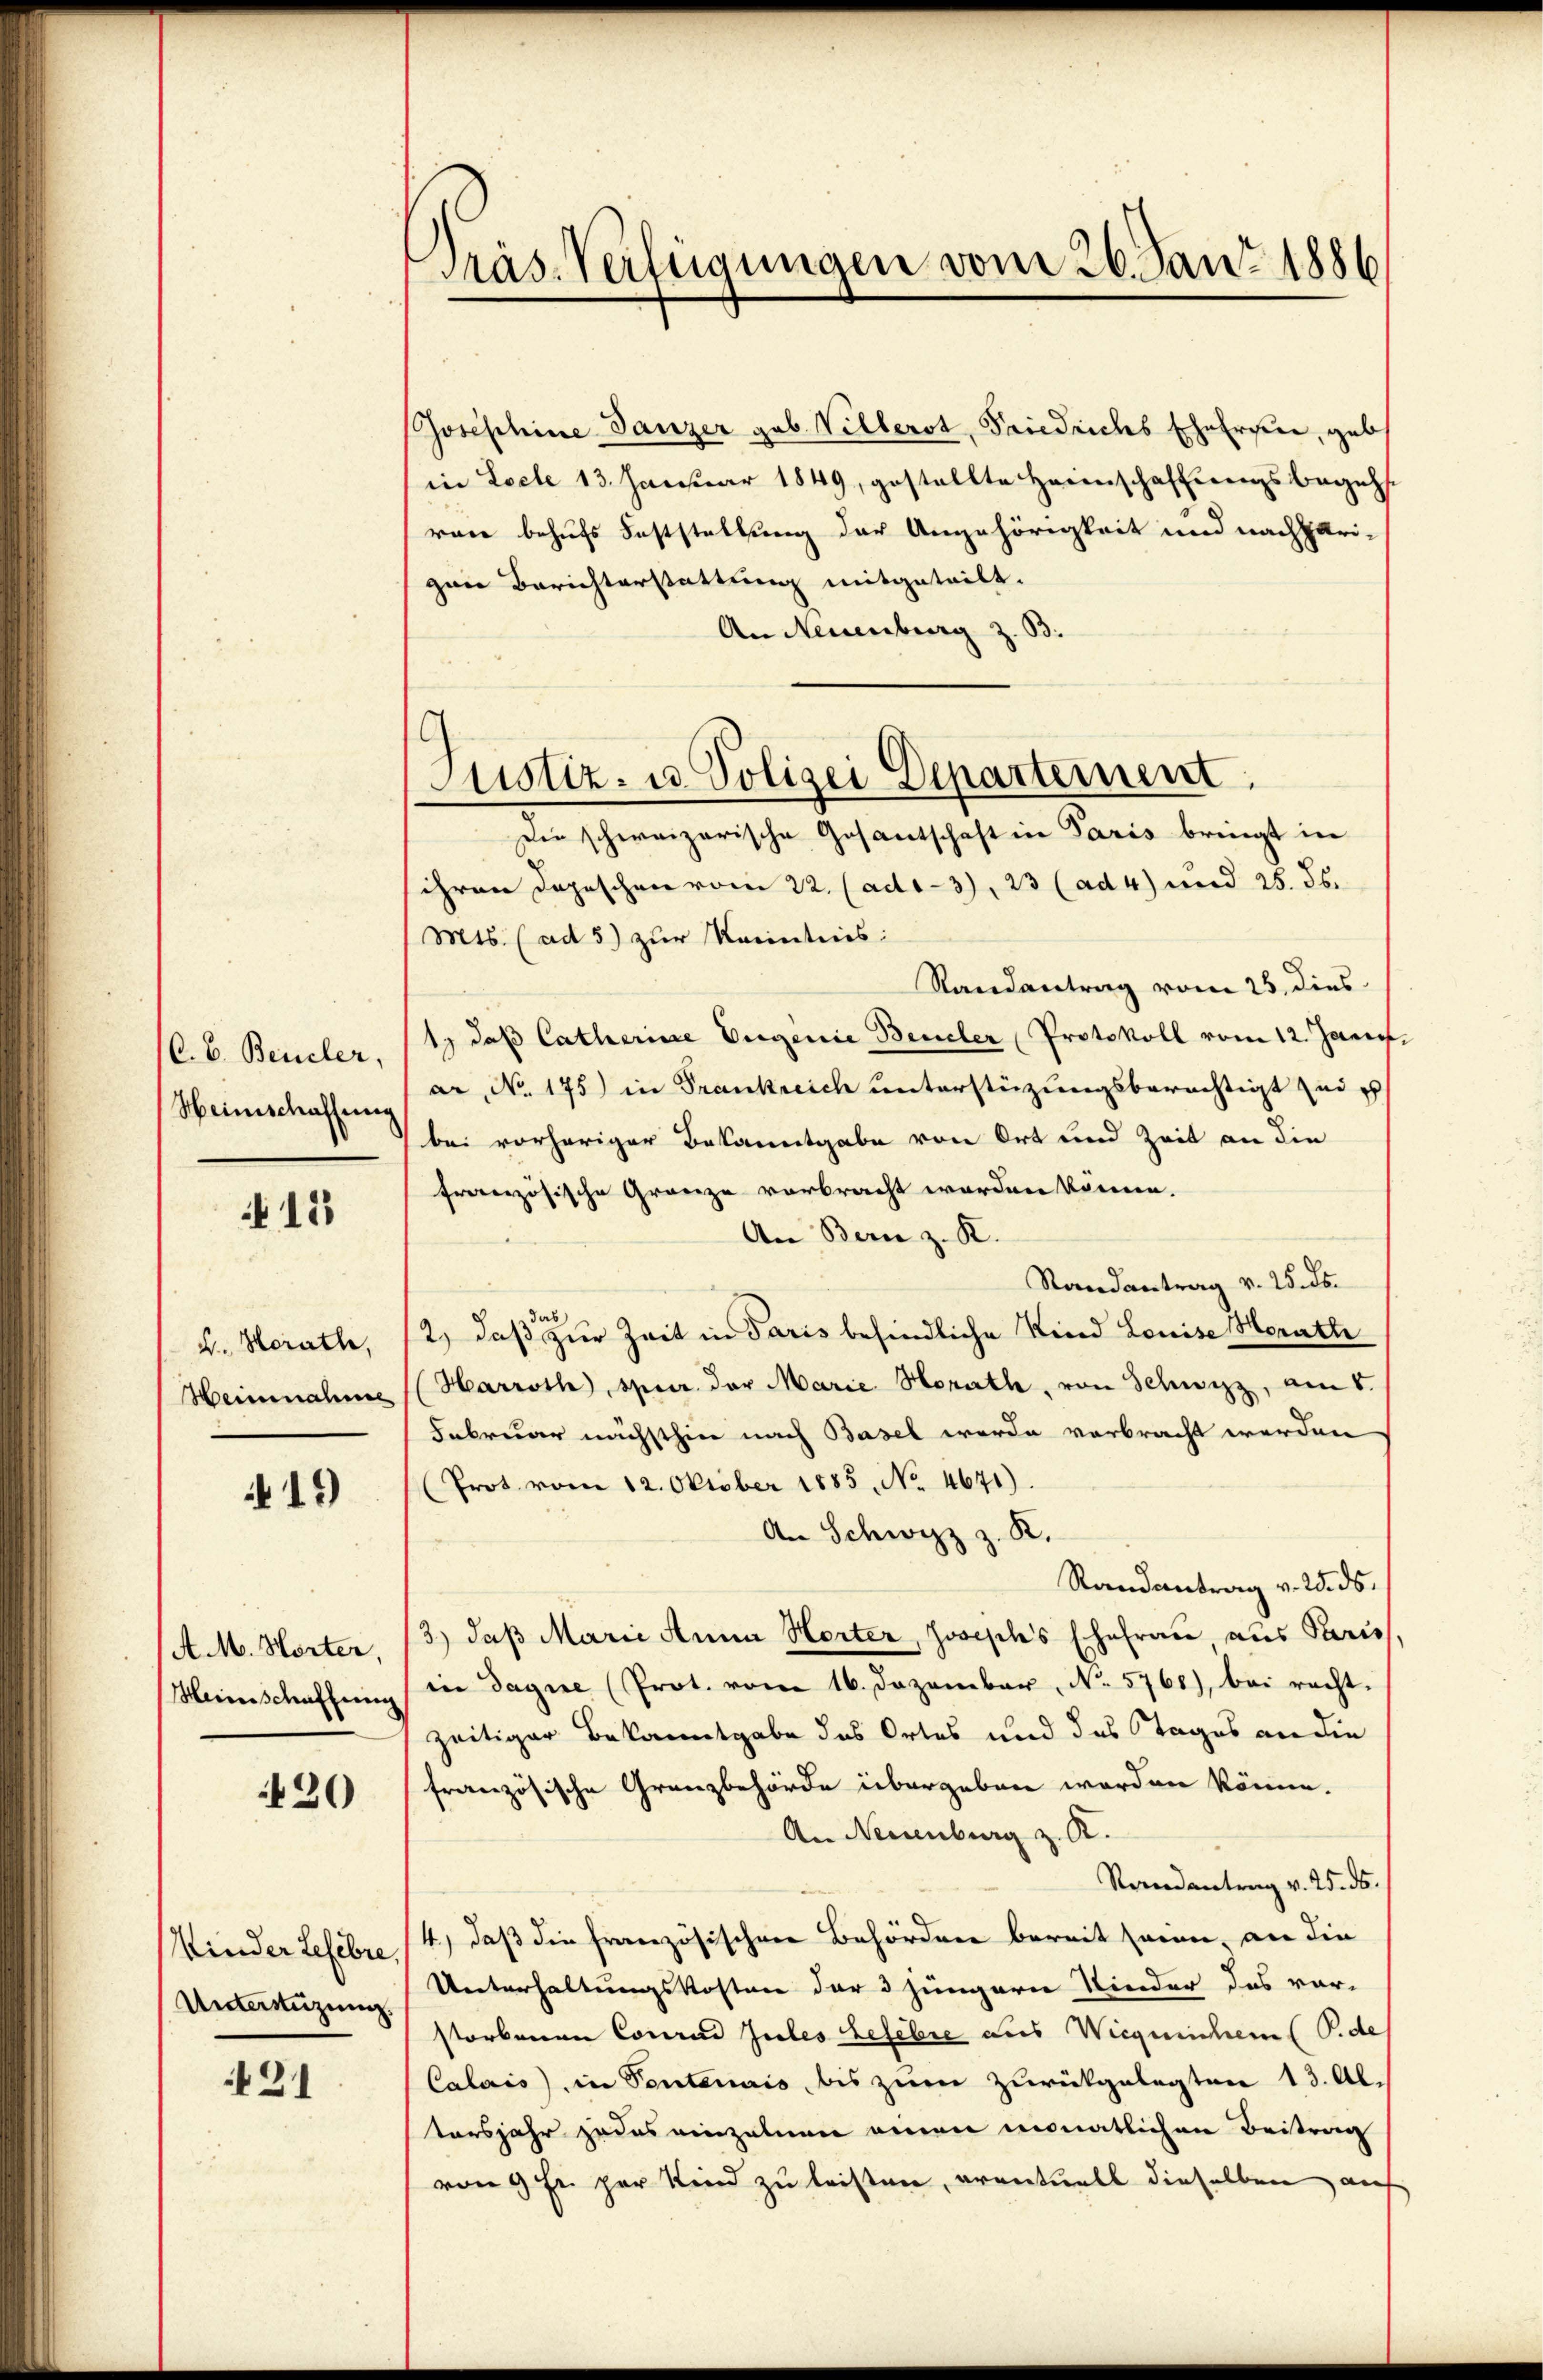
(C.b. Beneler.
Heinschaffung

12

4. Horath,
Heinnahme

19)

A. M. Horter,
Meinschaffung

430

Kinder Lefebre,
Unterstüzung.

421

Präs. Verfügungen vom 26. Jan. 1886

Josephine Tanzer geb. Villerst, Friedrichs Ehefrau, geb
in Locle 13. Januar 1849, gestellte Heinschaffungsbegehs.
ren behufs Feststellung der Angehörigkeit und nachheri-
zan Berichterstattung mitgeteilt.
An Neuenburg z. B.
Die schweizerische Gesantschaft in Paris bringt in
ihren Depeschen vom 22. (ado-3), 23 (ad 4) und 25. 56.
Mts. (ad 5) zur Kenntnis:
Randantrag vom 25. dies
1) daß Catharine Vigenie Beneler Protokoll vom 12. Janu
ar, No. 175) in Frankreich unterstüzungsberechtigt und
bei vorheriger Bekanntgabe von Ort und Zeit an die
französische Gränze verbracht worden könne.
An Bern z. R.
Randantrag v. 25. ds.
Jas
2) daß zur Zeit in Paris befindliche Kind Louise Horathe
Harroth, spier. der Marie Horath, von Schwyzz, am 5.
Februar nächsthin nach Basel werde verbracht werden
(Prot vom 12. Oktober 1885, No 4671)
An Schwyzz z. R.
Randantrag v. 25. ds.
3.) daß Marie Anna Horter, Joseph's Ehefrau aus Paris
in dague (Prot. vom 16. Dezember, No. 5760), bei recht-
zeitiger Bekanntgabe des Ortes und des Tages an die
französische Granzbehörde übergeben worden könne.
An Neuenburg z. R.
Randantrag v. 25. ds.
4) daß die französischen Behörden bereit sein an die
Unterhaltungskosten der 3 jüngern Nieder das vor-
storbenen Conrad Jules Lefebre aus Wiegerichem Pede
Calais in Pontenais bis zum zurückgelegten 13. Al.
tersjahr jedes einzelnen einen monatlichen Beitrag
von 9 Fr. per Kind zu leisten, eventuell dieselben auf

Justiz- u. Polizei Departement